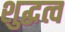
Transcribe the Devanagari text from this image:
शुद्धत्व